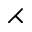
\rightthreetimes